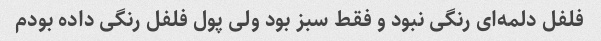
فلفل دلمه‌ای رنگی نبود و فقط سبز بود ولی پول فلفل رنگی داده بودم